Report on lock hospitals in British Burma
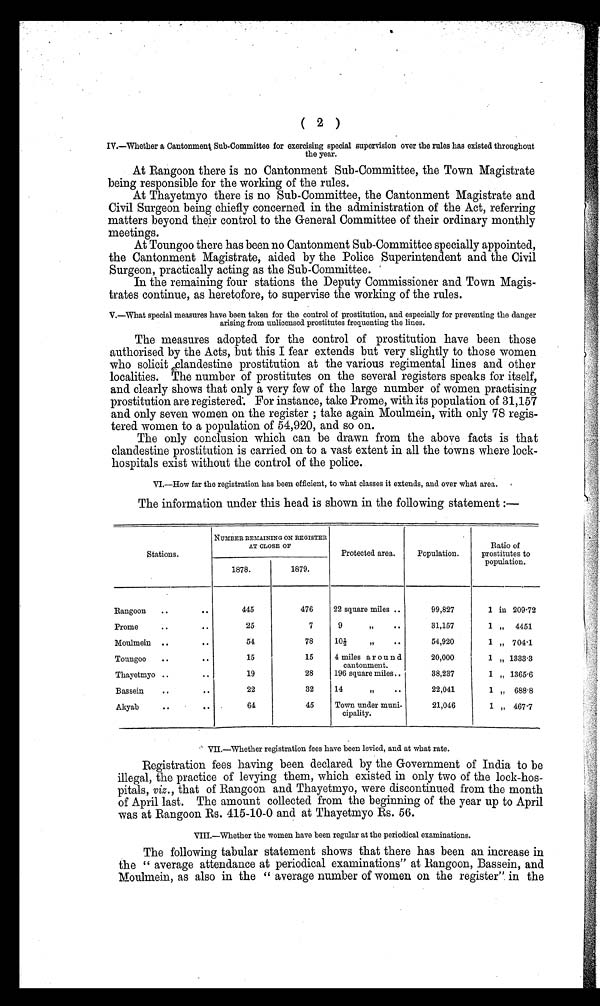
( 2 )
IV.—Whether a Cantonment Sub-Committee for exercising special supervision over the rules has existed throughout
the year.
At Rangoon there is no Cantonment Sub-Committee, the Town Magistrate
being responsible for the working of the rules.
At Thayetmyo there is no Sub-Committee, the Cantonment Magistrate and
Civil Surgeon being chiefly concerned in the administration of the Act, referring
matters beyond their control to the General Committee of their ordinary monthly
meetings.
At Toungoo there has been no Cantonment Sub-Committee specially appointed,
the Cantonment Magistrate, aided by the Police Superintendent and the Civil
Surgeon, practically acting as the Sub-Committee. '
In the remaining four stations the Deputy Commissioner and Town Magis
trates continue, as heretofore, to supervise the working of the rules.
V.—What special measures have been taken for the control of prostitution, and especially for preventing the danger
arising from unlicensed prostitutes frequenting the lines.
The measures adopted for the control of prostitution have been those
authorised by the Acts, but this I fear extends but very slightly to those women
who solicit clandestine prostitution at the various regimental lines and other
localities. The number of prostitutes on the several registers speaks for itself,
and clearly shows that only a very few of the large number of women practising
prostitution are registered. For instance, take Prome, with its population of 31,157
and only seven women on the register ; take again Moulmein, with only 78 regis
tered women to a population of 54,920, and so on.
The only conclusion which can be drawn from the above facts is that
clandestine prostitution is carried on to a vast extent in all the towns where lock-
hospitals exist without the control of the police.
VI.—How far the registration has been efficient, to what classes it extends, and over what area.
The information under this head is shown in the following statement :—
Stations.
NUMBER REMAINING ON REGISTER
AT CLOSE OF
Protected area.
Population.
Ratio of
prostitutes to
population.
1878.
1879.
Rangoon
. .
445
476
22 square miles ..
99,827
1 in 209.72
Prome
. .
..
25
7
9
"
..
31,157
1 " 4451
Moulmein . .
. .
54
78
10 1/2 , . .
54,920
1 , 704.1
Toungoo
. .
. .
15
15
4 miles around
cantonment.
196 square miles..
20,000
1 „ 1333.3
Thayetmyo . .
19
28
38,237
1 „ 1365.6
Bassein
. .
. .
22
32
14
„
. .
22,041
1 „ 688.8
Akyab
. .
00
64
45
Town under muni-
cipality.
21,046
1 „ 467.7
VII.—Whether registration fees have been levied, and at what rate.
Registration fees having been declared by the Government of India to be
illegal, the practice of levying them, which existed in only two of the lock-hos
pitals, viz ., that of Rangoon and Thayetmyo, were discontinued from the month
of April last. The amount collected from the beginning of the year up to April
was at Rangoon Rs. 415-10-0 and at Thayetmyo Rs. 56.
VIII.—Whether the women have been regular at the periodical examinations.
The following tabular statement shows that there has been an increase in
the " average attendance at periodical examinations" at Rangoon, Bassein, and
Moulmein, as also in the " average number of women on the register" in the